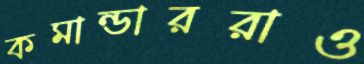
কমান্ডাররাও